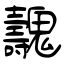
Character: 魗